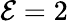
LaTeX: \mathcal{E}=2